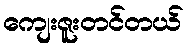
ကျေးဇူးတင်တယ်